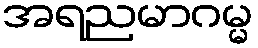
အရညမာဂမ္မ